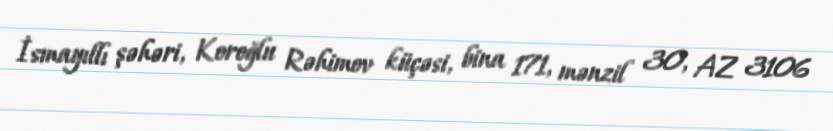
İsmayıllı şəhəri, Koroğlu Rəhimov küçəsi, bina 171, mənzil 30, AZ 3106